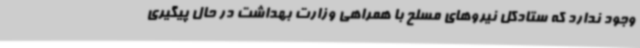
وجود ندارد که ستادکل نیروهای مسلح با همراهی وزارت بهداشت در حال پیگیری